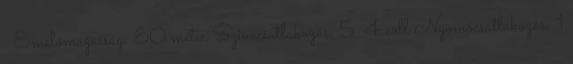
. Emelőmagasság: 60 méter Szivócsatlakozás: 5 4 coll Nyomócsatlakozás: 1